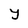
Character: y